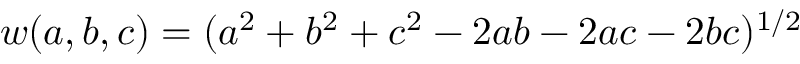
w ( a , b , c ) = ( a ^ { 2 } + b ^ { 2 } + c ^ { 2 } - 2 a b - 2 a c - 2 b c ) ^ { 1 / 2 }